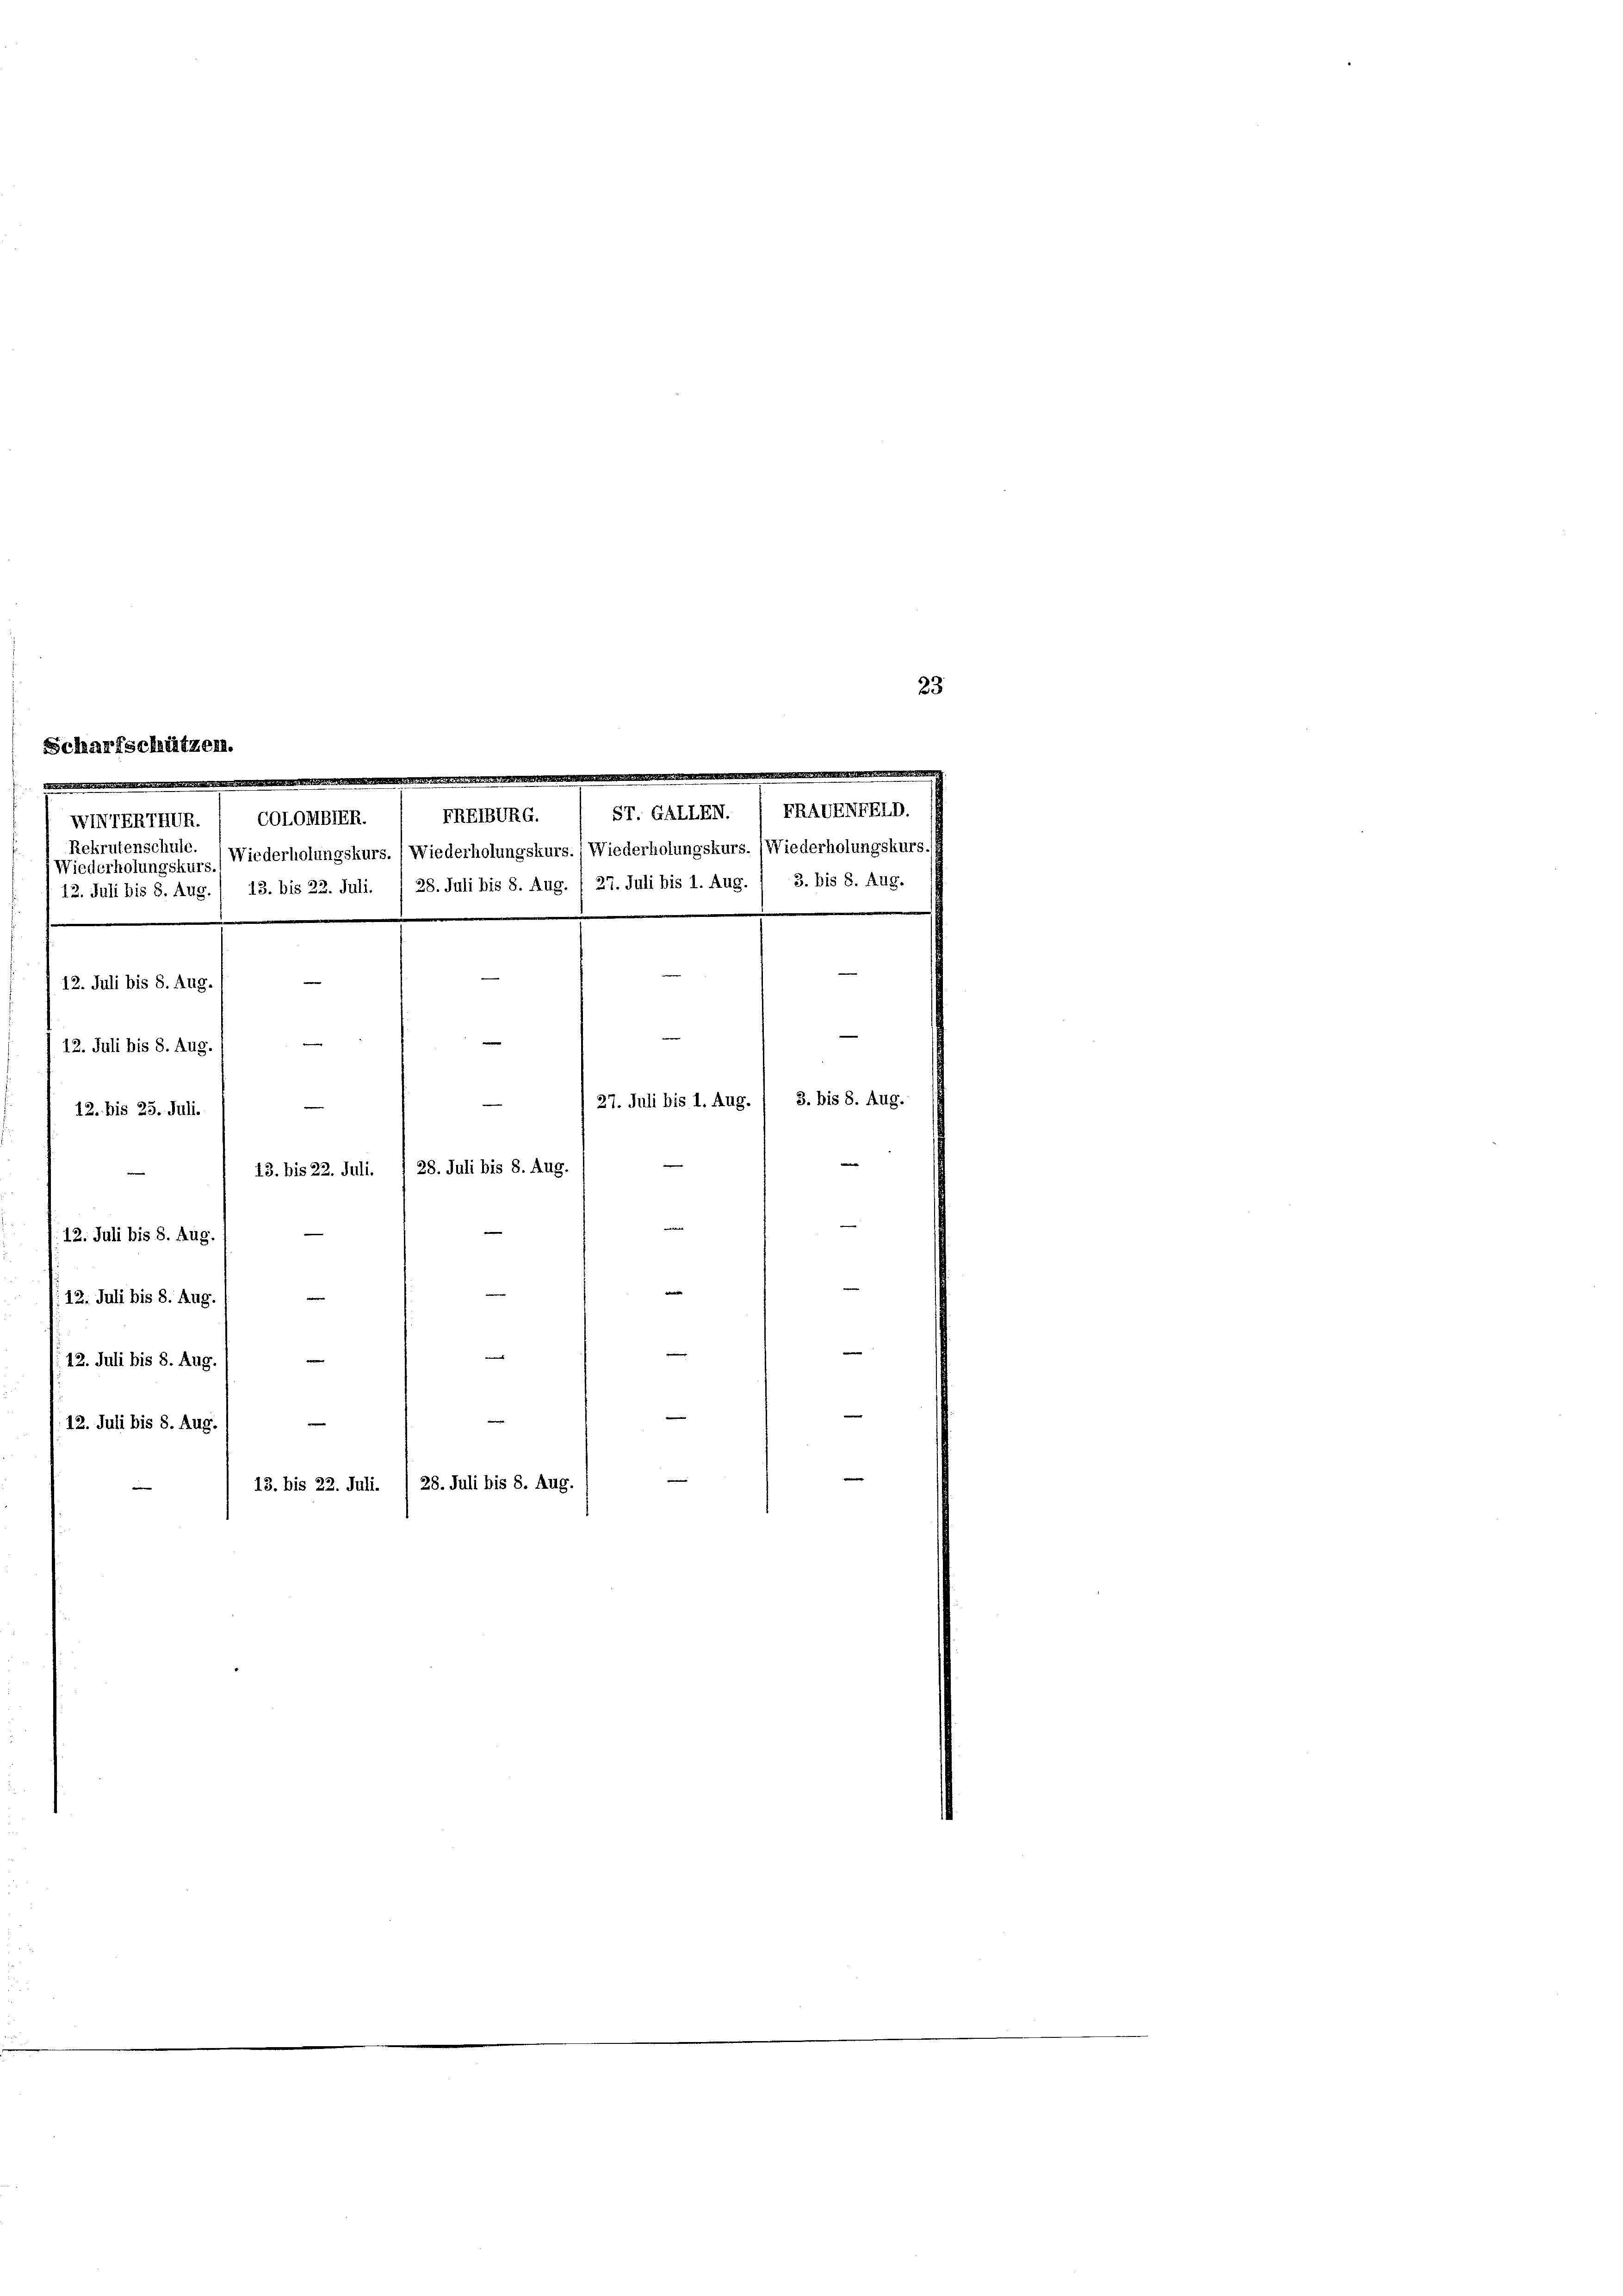
cha
2

12. Juli bis 8. Aug.
12. Juli bis 8. Aug.

Rekrutenschule.
1. 81. 82. 5. 1890. 1
12. Juli bis 8. Aug. /
e
12. bis 25. Juli.
13. bis 22. Juli. / 28. Juli bis 8. Aug
12. Juli bis 8. Aug.
i
12. Juli bis 8. Aug.

e
13. bis 22. Juli. / 28. Juli bis 8. Aug.

WINTERIHUR. / COLORBIR. ( PRETURG. / Sr. GAELEN. 1 TRADENTELp.
Wiederholungskurs.) Wiederholungskurs. (Wiederholungskurs. (Wiederholungskurs. (Wiederholungskurs.

12. Juli bis 8. Aug. / 13. bis 22. Juli. / 28. Juli bis 8. Aug. / 27. Juli bis 1. Aug. / 3. bis 8. Aug.

27. Juli bis 1. Aug.

3. bis 8. Aug.

23